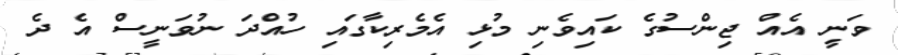
ވަނީ އެއް ޖިންސުގެ ކައިވެނި މުޅި އެމެރިކާގައި ހުއްދަ ނުވަނީސް އެ ދެ